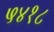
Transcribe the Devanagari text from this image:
५४१८